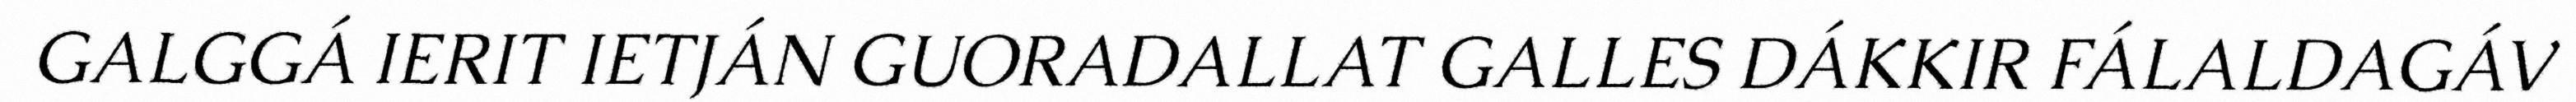
GALGGÁ IERIT IETJÁN GUORADALLAT GALLES DÁKKIR FÁLALDAGÁV